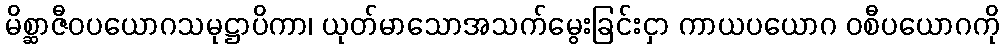
မိစ္ဆာဇီဝပယောဂသမုဋ္ဌာပိကာ၊ ယုတ်မာသောအသက်မွေးခြင်းငှာ ကာယပယောဂ ဝစီပယောဂကို